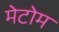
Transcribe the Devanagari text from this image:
मेटोम